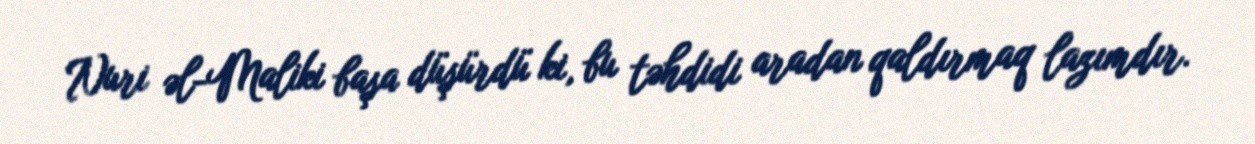
Nuri əl-Maliki başa düşürdü ki, bu təhdidi aradan qaldırmaq lazımdır.